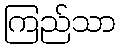
ကြည်သာ